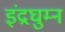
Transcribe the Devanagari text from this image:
इंद्रघुम्न